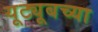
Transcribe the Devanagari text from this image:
यूट्यूबच्या